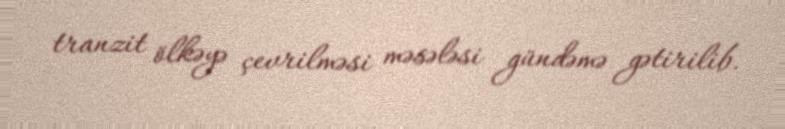
tranzit ölkəyə çevrilməsi məsələsi gündəmə gətirilib.